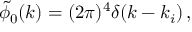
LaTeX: \tilde { \phi } _ { 0 } ( k ) = ( 2 \pi ) ^ { 4 } \delta ( k - k _ { i } ) \, ,